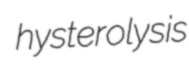
hysterolysis